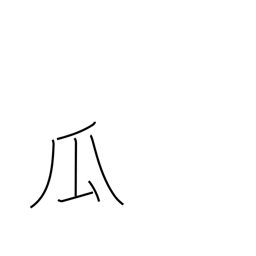
Meaning: melon